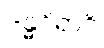
ဒန္ဓဝိရာဂိ